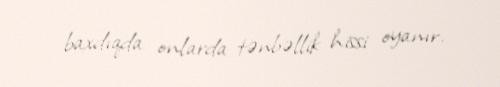
baxdıqda onlarda tənbəllik hissi oyanır.